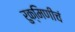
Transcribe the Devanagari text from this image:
रुक्मिणीचं